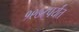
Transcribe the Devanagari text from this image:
१९७८पर्यंत